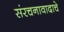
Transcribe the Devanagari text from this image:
संरचनावादाचे